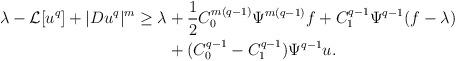
LaTeX: \begin{align*} \begin{aligned} \lambda-\mathcal{L}[u^q]+|Du^q|^m \geq \lambda &+ \frac12 C_0^{m(q-1)}\Psi^{m(q-1)}f + C_1^{q-1}\Psi^{q-1}(f-\lambda)\\ &+(C_0^{q-1}-C_1^{q-1})\Psi^{q-1}u. \end{aligned} \end{align*}